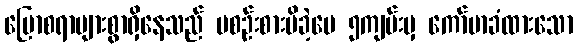
ပြောစရာများစွာရှိနေသည် မစဉ်းစားမိခဲ့ပေ ၅ကျမ်းမှ ကော်မာခံထားသော